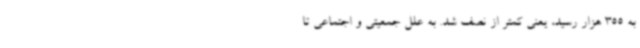
به 355 هزار رسید، یعنی کمتر از نصف شد. به علل جمعیتی و اجتماعی تا